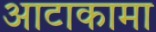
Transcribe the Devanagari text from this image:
आटाकामा